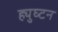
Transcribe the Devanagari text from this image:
ह्युघ्टन